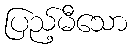
ပြည့်မီသော